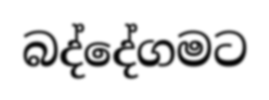
බද්දේගමට